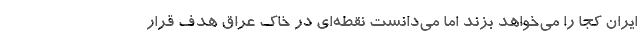
ایران کجا را می‌خواهد بزند اما می‌دانست نقطه‌ای در خاک عراق هدف قرار